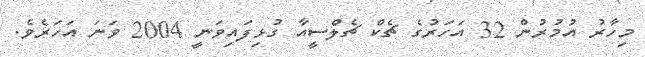
މިހާރު އުމުރުން 32 އަހަރުގެ ޗެކް ޗެލްސީއާ ގުޅިފައިވަނީ 2004 ވަނަ އަހަރެވެ.